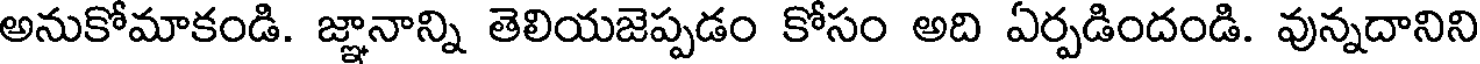
అనుకోమాకండి. జ్ఞానాన్ని తెలియజెప్పడం కోసం అది ఏర్పడిందండి. వున్నదానిని